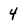
Character: 4